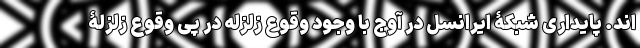
اند. پایداری شبکۀ ایرانسل در آوج با وجود وقوع زلزله در پی وقوع زلزلۀ